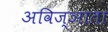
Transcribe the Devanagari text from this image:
अविज्ञाता